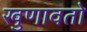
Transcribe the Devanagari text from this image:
खुणावतो